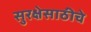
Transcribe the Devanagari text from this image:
सुरक्षेसाठीचे